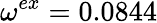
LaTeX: \omega^{ex}=0.0844